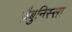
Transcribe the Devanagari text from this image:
ज़ैबुनिस्सा